Report of the Hyderabad Chloroform Commission
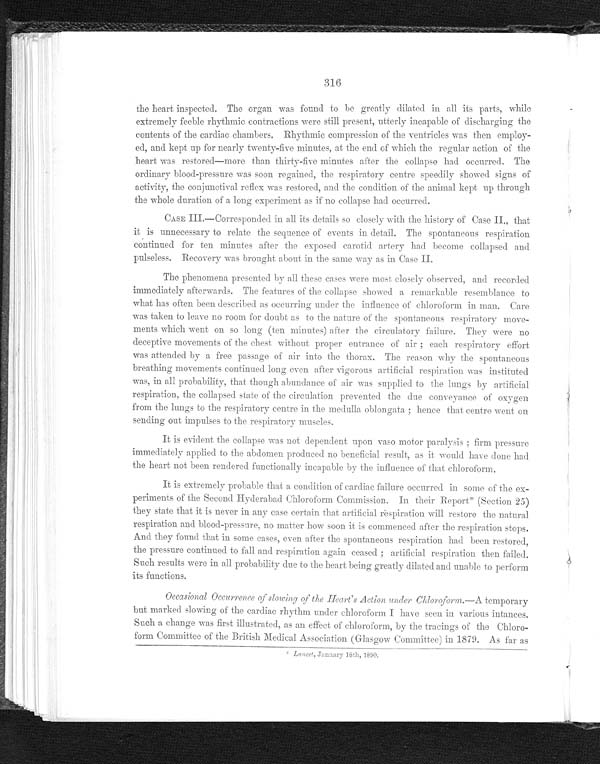
316
the heart inspected. The organ was found to be greatly dilated in all its parts, while
extremely feeble rhythmic contractions were still present, utterly incapable of discharging the
contents of the cardiac chambers. Rhythmic compression of the ventricles was then employ-
ed, and kept up for nearly twenty-five minutes, at the end of which the regular action of the
heart was restored—more than thirty-five minutes after the collapse had occurred. The
ordinary blood-pressure was soon regained, the respiratory centre speedily showed signs of
activity, the conjunctival reflex was restored, and the condition of the animal kept up through
the whole duration of a long experiment as if no collapse had occurred.
CASE III.—Corresponded in all its details so closely with the history of Case II., that
it is unnecessary to relate the sequence of events in detail. The spontaneous respiration
continued for ten minutes after the exposed carotid artery had become collapsed and
pulseless. Recovery was brought about in the same way as in Case II.
The phenomena presented by all these cases were most closely observed, and recorded
i mmedi at el y af t er war ds. The f eat ur es of t he col l apse showed a r emar kabl e r esembl ance t o
what has oft en been descri bed as occurri ng under t he i nfl uence of chl oroform i n man. Care
was taken to leave no room for doubt as to the nature of the spontaneous respiratory move-
ments which went on so long (ten minutes) after the circulatory failure. They were no
deceptive movements of the chest without proper entrance of air; each respiratory effort
was attended by free passage of air into the thorax. The reason why the spontaneous
breathing movements continued long even after vigorous artificial respiration was instituted
was, in all probability, that though abundance of air was supplied to the lungs by artificial
respiration, the collapsed state of the circulation prevented the due conveyance of oxygen
from the lungs to the respiratory centre in the medulla oblongata; hence that centre went on
sending out impulses to the respiratory muscles.
It is evident the collapse was not dependent upon vaso motor paralysis; firm pressure
immediately applied to the abdomen produced no beneficial result, as it would have done had
the heart not been rendered functionally incapable by the influence of that chloroform.
It is extremely probable that a condition of cardiac failure occurred in some of the ex--
periments of the Second Hyderabad Chloroform Commission. In their Report* (Section 25)
they state that it is never in any case certain that artificial respiration will restore the natural
r espi r at i on and bl ood- pr essur e, no mat t er how soon i t i s commenced af t er t he r espi r at i on st ops.
And they found that in some cases, even after the spontaneous respiration had been restored,
t he pr es s ur e cont i nued t o f al l and r es pi r at i on agai n ceas ed; ar t i f i ci al r es pi r at i on t hen f ai l ed.
Such results were in all probability due to the heart being greatly dilated and unable to perform
its functions.
OccasionalO c c u r r e n c e o f s l o w i n g o f t h eH
e a r t ' s A c t i o n u n d e r C h l o r o f o r m.
— A t e m p o r a r y
but marked slowing of the cardiac rhythm under chloroform I have seen in various intances.
Such a change was first illustrated, as an effect of chloroform, by the tracings of the Chloro--
form Committee of the British Medical Association (Glasgow Committee) in 1879. As far as
n u a r y 1 8 t h , 1 8 9 0 .